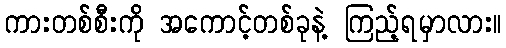
ကားတစ်စီးကို အကောင့်တစ်ခုနဲ့ ကြည့်ရမှာလား။